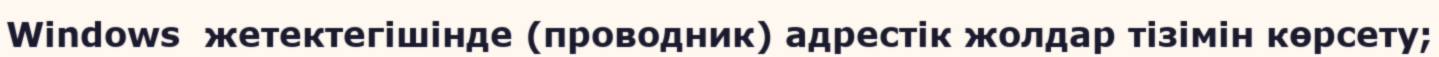
Windows  жетектегішінде (проводник) адрестік жолдар тізімін көрсету;